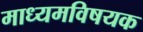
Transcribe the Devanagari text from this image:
माध्यमविषयक